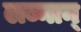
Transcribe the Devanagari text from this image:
लब्नान्